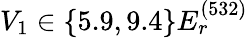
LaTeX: V_{1}\in\{ 5.9,9.4\} E_{r}^{(532)}